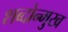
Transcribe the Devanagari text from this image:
शब्दोन्मुख